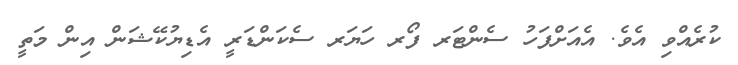
ކުރެއްވި އެވެ. އެއަށްފަހު ސެންޓަރ ފޯރ ހަޔަރ ސެކަންޑަރީ އެޑިޔުކޭޝަން އިން މަތީ